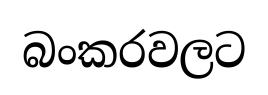
බංකරවලට